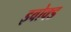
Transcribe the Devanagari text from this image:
इवोक्ड